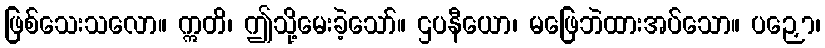
ဖြစ်သေးသလော။ ဣတိ၊ ဤသို့မေးခဲ့သော်။ ဌပနီယော၊ မဖြေဘဲထားအပ်သော။ ပဉှော၊